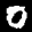
Label: 0